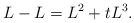
\begin{align*}L - L = L^2 + tL^3.\end{align*}